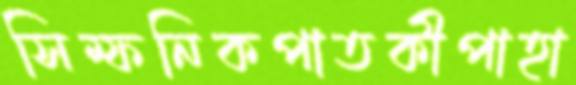
সিম্ফনিকপাতকীপাহা